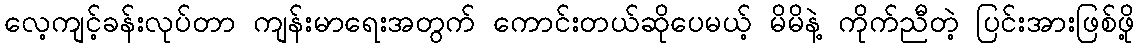
လေ့ကျင့်ခန်းလုပ်တာ ကျန်းမာရေးအတွက် ကောင်းတယ်ဆိုပေမယ့် မိမိနဲ့ ကိုက်ညီတဲ့ ပြင်းအားဖြစ်ဖို့